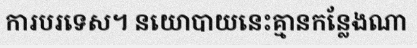
ការបរទេស។ នយោបាយនេះគ្មានកន្លែងណា